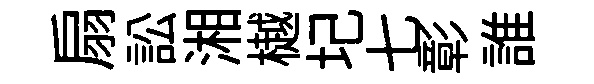
扇訟湘樾圮七彰誰